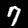
Digit: 7